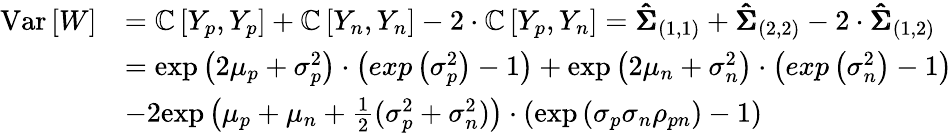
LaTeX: \begin{array}{rl}{\mathrm{Var}\left[W\right]}&{=\mathbb{C}\left[Y_{p},Y_{p}\right]+\mathbb{C}\left[Y_{n},Y_{n}\right]-2\cdot\mathbb{C}\left[Y_{p},Y_{n}\right]=\pmb{\hat{\Sigma}}_{(1,1)}+\pmb{\hat{\Sigma}}_{(2,2)}-2\cdot\pmb{\hat{\Sigma}}_{(1,2)}}\\ &{=\mathrm{exp}\left(2\mu_{p}+\sigma_{p}^{2}\right)\cdot\left(exp\left(\sigma_{p}^{2}\right)-1\right)+\mathrm{exp}\left(2\mu_{n}+\sigma_{n}^{2}\right)\cdot\left(exp\left(\sigma_{n}^{2}\right)-1\right)}\\ &{-2\mathrm{exp}\left(\mu_{p}+\mu_{n}+\frac{1}{2}(\sigma_{p}^{2}+\sigma_{n}^{2})\right)\cdot\left(\mathrm{exp}\left(\sigma_{p}\sigma_{n}\rho_{pn}\right)-1\right)}\end{array}